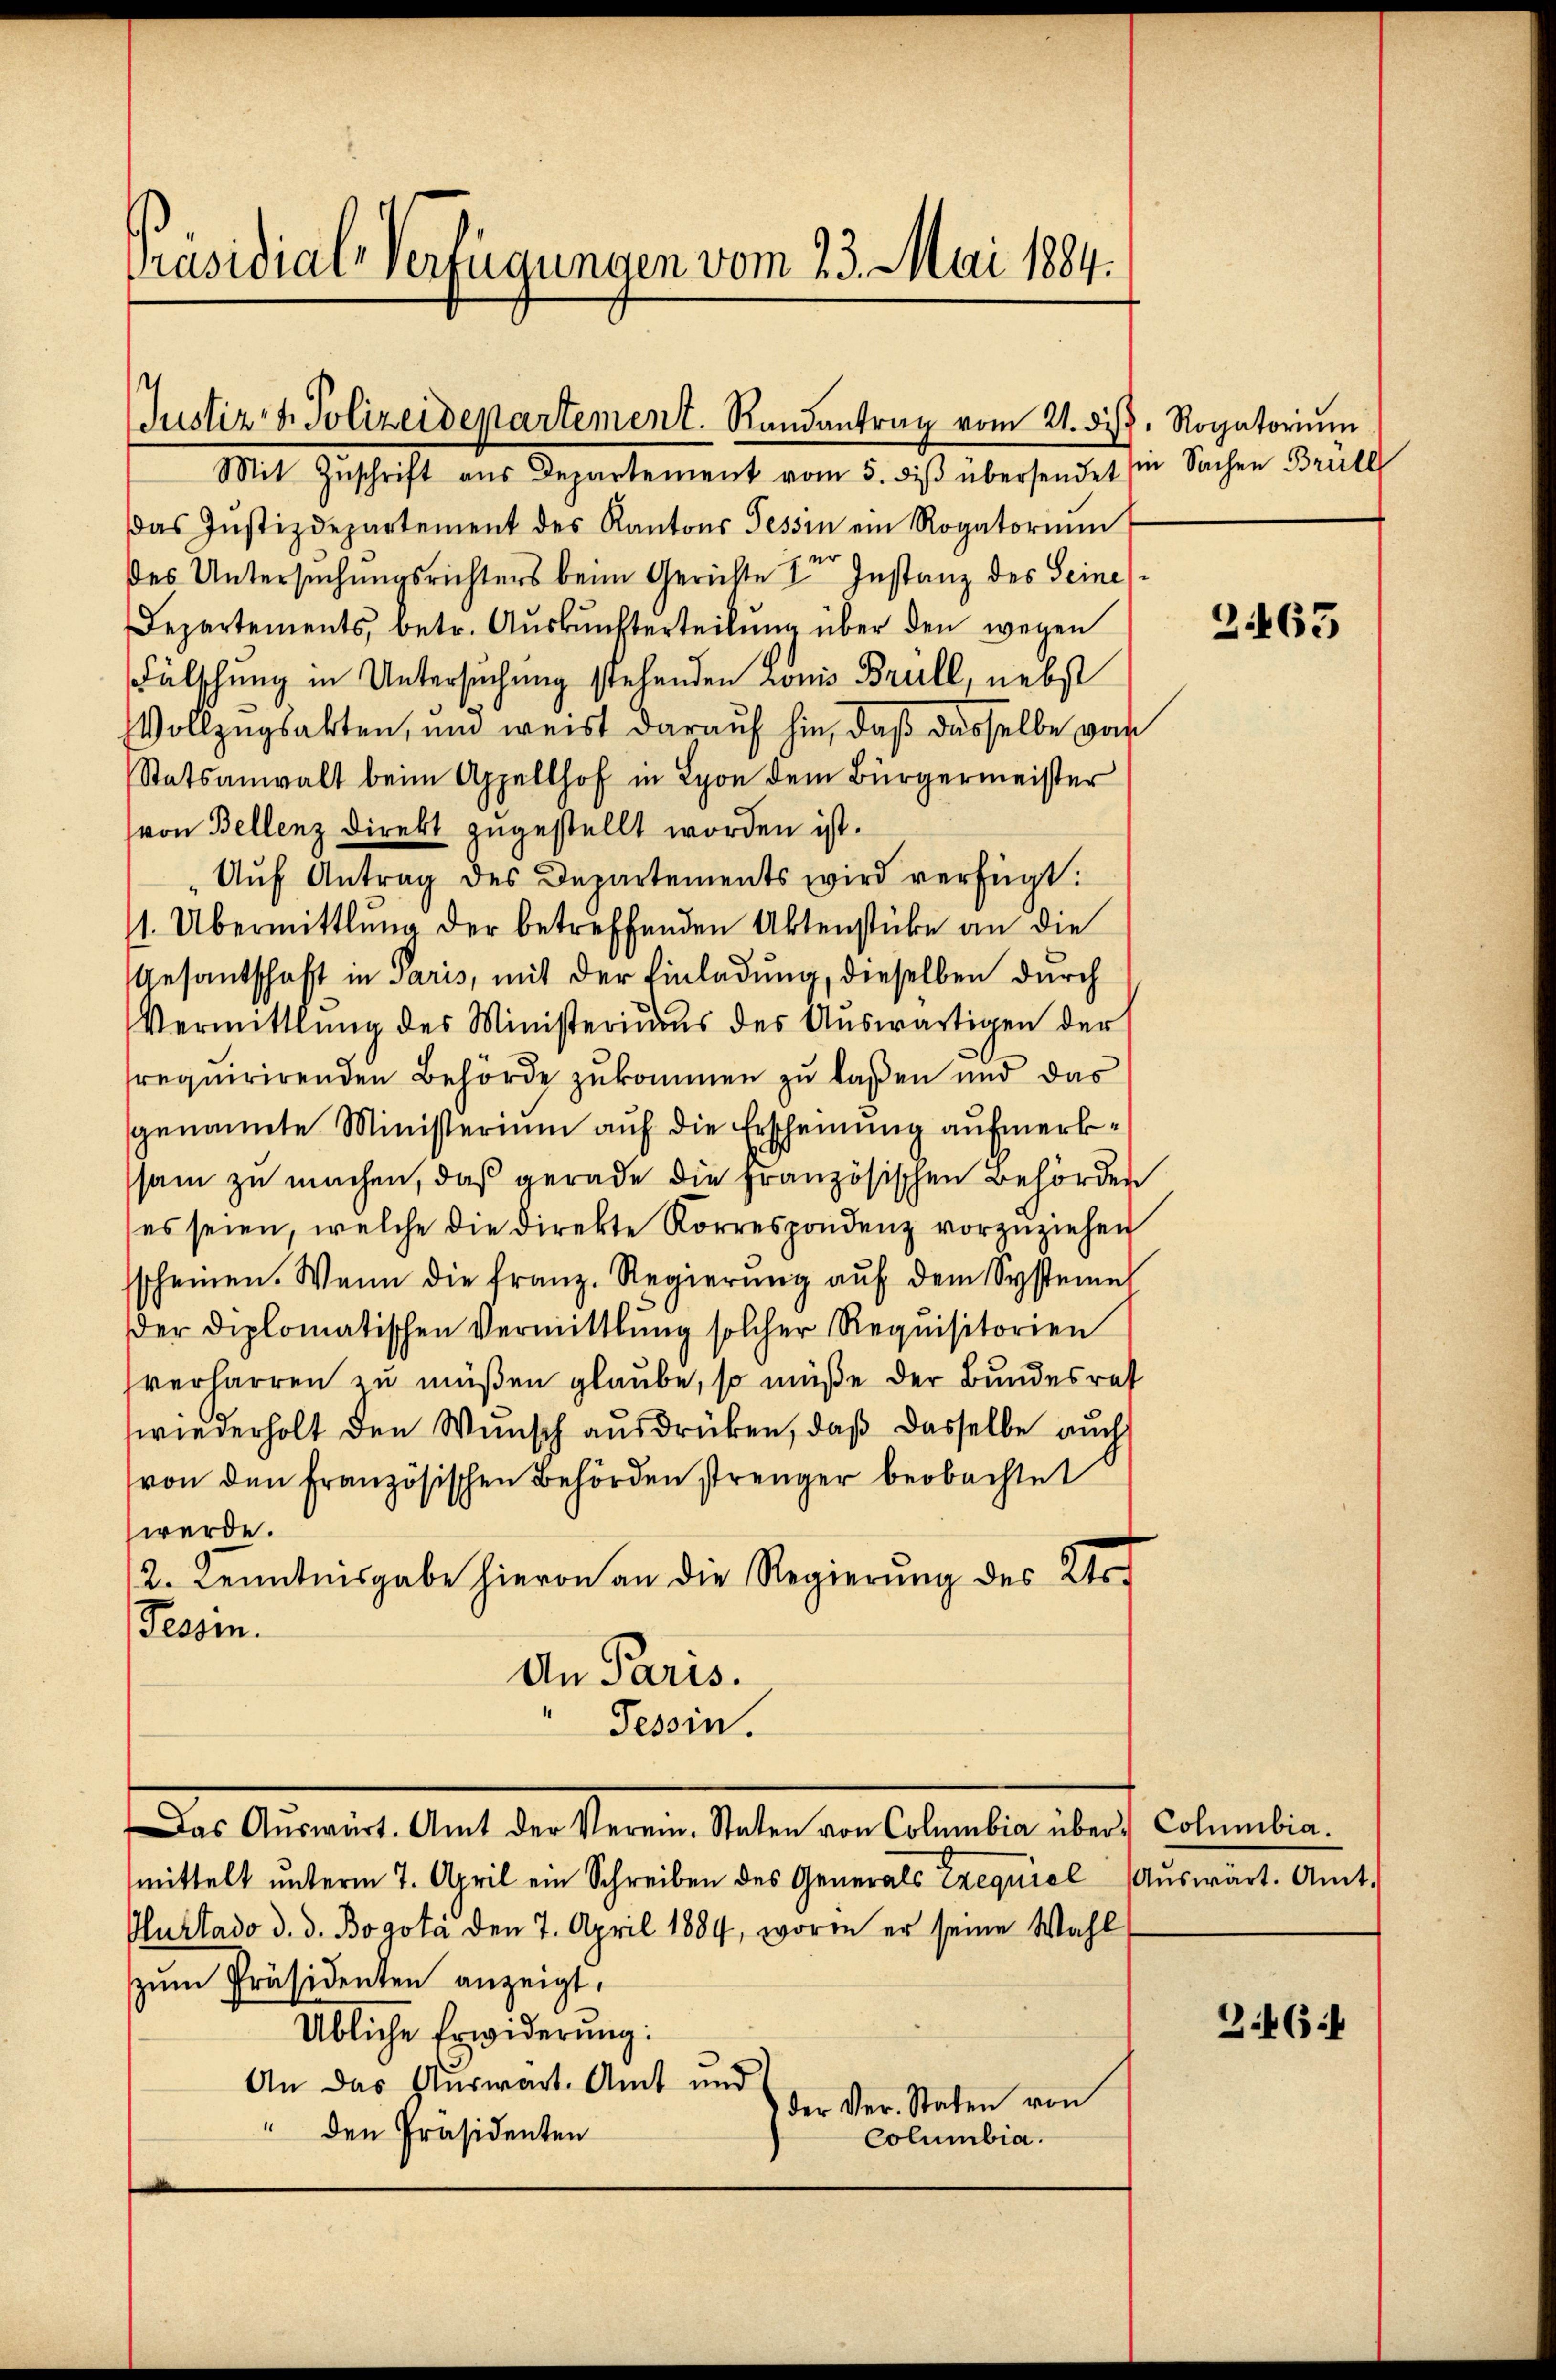
Präsidial-Verfügungen vom 23. Mai 1884.

Justiz- & Polizeidepartement. Randantrag vom 21. ds. Rogatorium

Mit Zŭschrift aus Departement vom 5. diβ übersendet sie Sachen Brüll
das Justizdepartement des Kantons Tessin ein Rogatorium
des Untersuchungsrichters beim Gerichte in Instanz des Seines
Departements, betr. Auskunfterteilung über den wegen
Fälschung in Untersuchung stehenden Lonis Brull, nebst
Vollzugsakten, und weist darauf hin, daß dasselbe von
Statsanwalt beim Appellhof in Lyon dem Bürgermeister
von Bellenz direkt zugestellt worden ist.
Aŭf Antrag des Departements wird verfügt:
1. Übermittlung der betreffenden Aktenstücke an die
Gesantschaft in Paris, mit der Einladung, dieselben durch
Vermittlung des Ministerius des Auswärtigen der
requirirenden Behörde zukommen zu laßen und das
genannte Ministerium auf die Erscheinung aufmerkssam zu machen, daß gerade die Französischen Behörder
es seien, welche die Direkte Korrespondenz vorzuziehen
sscheinen. Wenn die franz. Regierŭng aŭf dem Systeme
er diplomatischen Vermittlung solcher Requisitorien
verharren zu müßen glaube, so müße der Bundesrat
wiederholt den Wunsch ausdrücken, daß dasselbe auch
von den Französischen Behörden strenger beobachtet
werde.
2. Kenntnisgabe hievon an die Regierung des Ur¬
Fessen.
An Paris.
Tessin.
Das Aŭswärt. Amt der Verein-Staten von Columbia über Columbia.
mittelt unterm 7. April ein Schreiben des Generals Erequiel Auswart. Amt-
Hurtado d. d. Bogota den 7. April 1884, worin er seine Wahl
zŭm Präsidenten anzeigt,
Übliche Erwiderung:
An das Auswart. Amt und
der Ver. Staten von
" den Präsidenten
Columbia.

2463

346 f